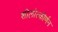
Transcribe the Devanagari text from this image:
शीलोत्कीर्णन